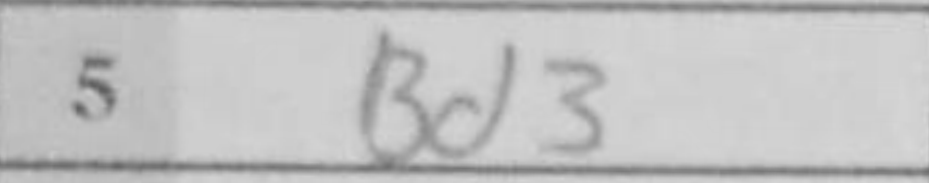
Transcription: Bd3